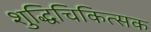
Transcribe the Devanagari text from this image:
शुद्धिचिकित्सक